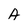
Character: A